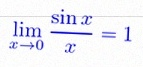
\lim_{x\to0}\frac{\sin x}{x}=1